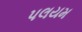
પલયમ